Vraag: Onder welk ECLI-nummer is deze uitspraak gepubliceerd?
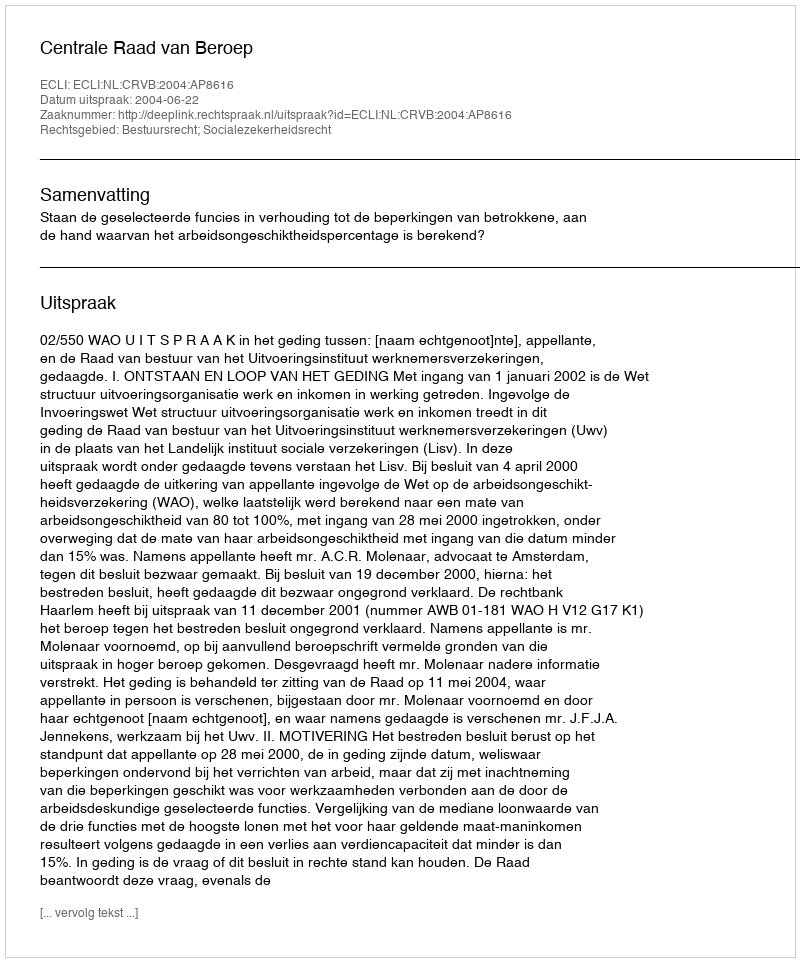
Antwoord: ECLI:NL:CRVB:2004:AP8616